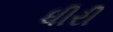
ધીરી